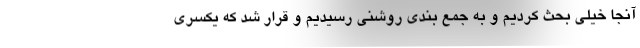
آنجا خیلی بحث کردیم و به جمع بندی روشنی رسیدیم و قرار شد که یکسری